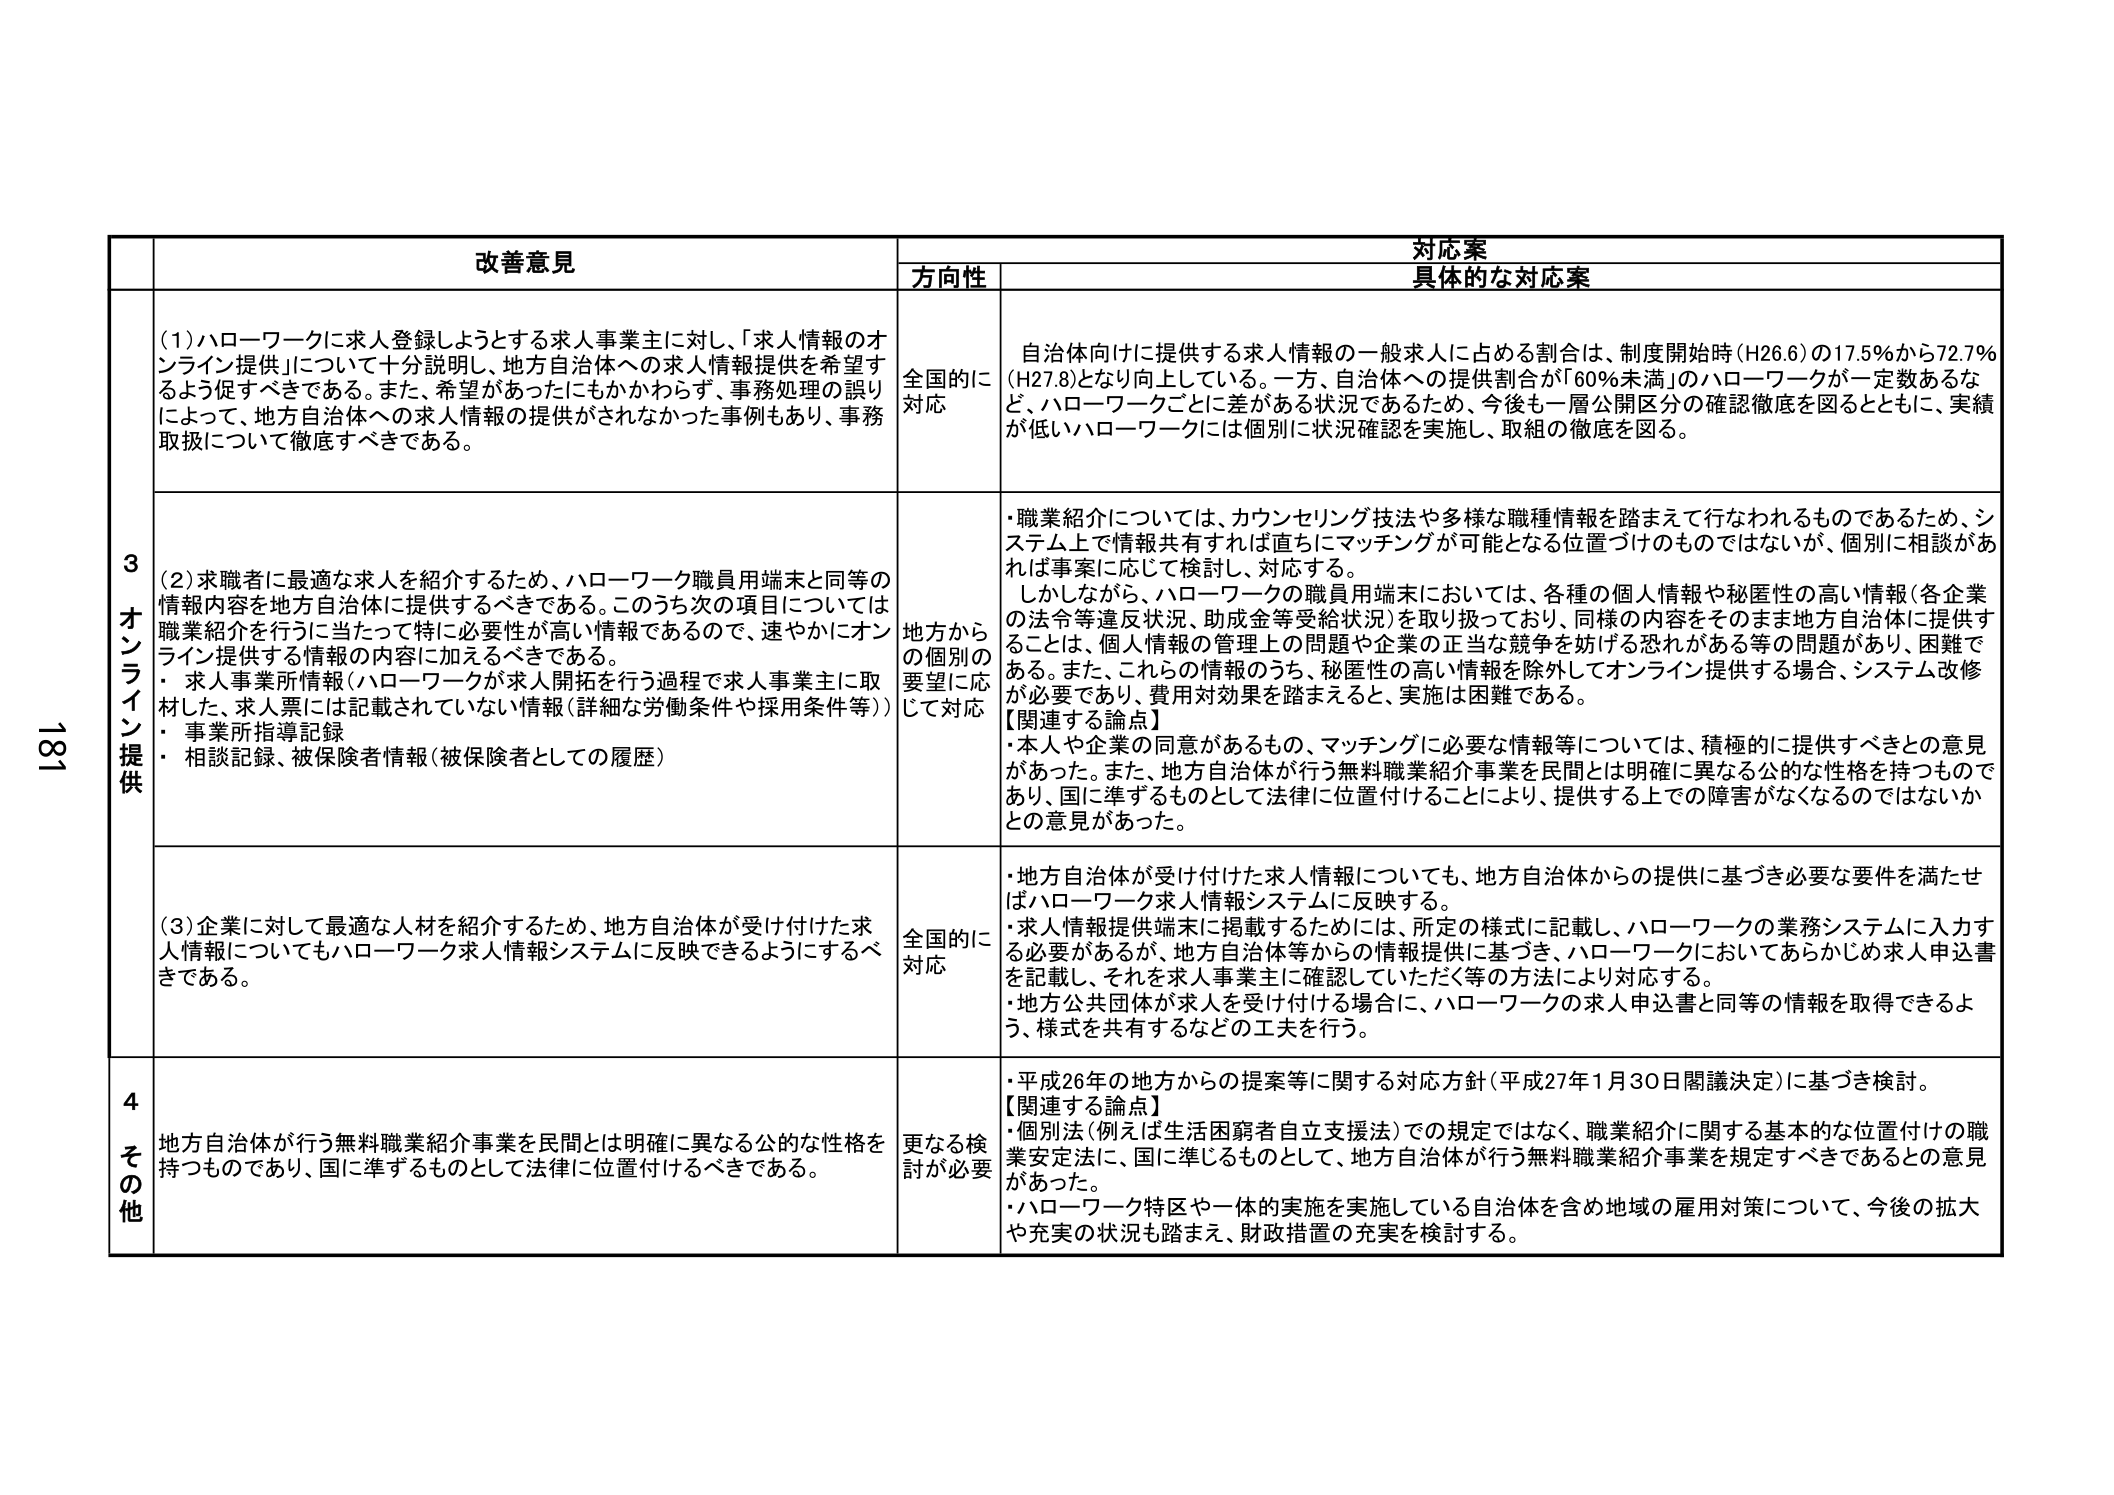
181

改善意見

対応案
方向性
具体的な対応案

3
オンライン提供

(1)ハローワークに求人登録しようとする求人事業主に対し、「求人情報のオンライン提供」について十分説明し、地方自治体への求人情報提供を希望するよう促すべきである。また、希望があったにもかかわらず、事務処理の誤りによって、地方自治体への求人情報の提供がされなかった事例もあり、事務取扱について徹底すべきである。

全国的に対応

自治体向けに提供する求人情報の一般求人に占める割合は、制度開始時（H26.6）の17.5％から72.7％（H27.8）となり向上している。一方、自治体への提供割合が「60％未満」のハローワークが一定数あるなど、ハローワークごとに差がある状況であるため、今後も一層公開区分の確認徹底を図るとともに、実績が低いハローワークには個別に状況確認を実施し、取組の徹底を図る。

(2)求職者に最適な求人を紹介するため、ハローワーク職員用端末と同等の情報内容を地方自治体に提供するべきである。このうち次の項目については職業紹介を行うに当たって特に必要性が高い情報であるので、速やかにオンライン提供する情報の内容に加えるべきである。
・求人事業所情報（ハローワークが求人開拓を行う過程で求人事業主に取材し、求人票には記載されていない情報（詳細な労働条件や採用条件等））
・事業所指導記録
・相談記録、被保険者情報（被保険者としての履歴）

地方からの個別の要望に応じて対応

・職業紹介については、カウンセリング技法や多様な職種情報を踏まえて行なわれるものであるため、システム上で情報共有すれば直ちにマッチングが可能となる位置づけのものではないが、個別に相談があれば事案に応じて検討し、対応する。
しかしながら、ハローワークの職員用端末においては、各種の個人情報や秘匿性の高い情報（各企業の法令等違反状況、助成金等受給状況）を取り扱っており、同様の内容をそのまま地方自治体に提供することは、個人情報の管理上の問題や企業の正当な競争を妨げる恐れがある等の問題があり、困難である。また、これらの情報のうち、秘匿性の高い情報を除外してオンライン提供する場合、システム改修が必要であり、費用対効果を踏まえると、実施は困難である。
【関連する論点】
・本人や企業の同意があるもの、マッチングに必要な情報等については、積極的に提供すべきとの意見があった。また、地方自治体が行う無料職業紹介事業を民間とは明確に異なる公的な性格を持つものであり、国に準ずるものとして法律に位置付けることにより、提供する上での障害がなくなるのではないかとの意見があった。

(3)企業に対して最適な人材を紹介するため、地方自治体が受け付けた求人情報についてもハローワーク求人情報システムに反映できるようにするべきである。

全国的に対応

・地方自治体が受け付けた求人情報についても、地方自治体からの提供に基づき必要な要件を満たせばハローワーク求人情報システムに反映する。
・求人情報提供端末に掲載するためには、所定の様式に記載し、ハローワークの業務システムに入力する必要があるが、地方自治体等からの情報提供に基づき、ハローワークにおいてあらかじめ求人申込書を記載し、それを求人事業主に確認していただく等の方法により対応する。
・地方公共団体が求人を受け付ける場合に、ハローワークの求人申込書と同等の情報を取得できるよう、様式を共有するなどの工夫を行う。

4
その他

地方自治体が行う無料職業紹介事業を民間とは明確に異なる公的な性格を持つものであり、国に準ずるものとして法律に位置付けるべきである。

更なる検討が必要

・平成26年の地方からの提案等に関する対応方針（平成27年1月30日閣議決定）に基づき検討。
【関連する論点】
・個別法（例えば生活困窮者自立支援法）での規定ではなく、職業紹介に関する基本的な位置付けの職業安定法に、国に準じるものとして、地方自治体が行う無料職業紹介事業を規定すべきであるとの意見があった。
・ハローワーク特区や一体的実施を実施している自治体を含め地域の雇用対策について、今後の拡大や充実の状況も踏まえ、財政措置の充実を検討する。